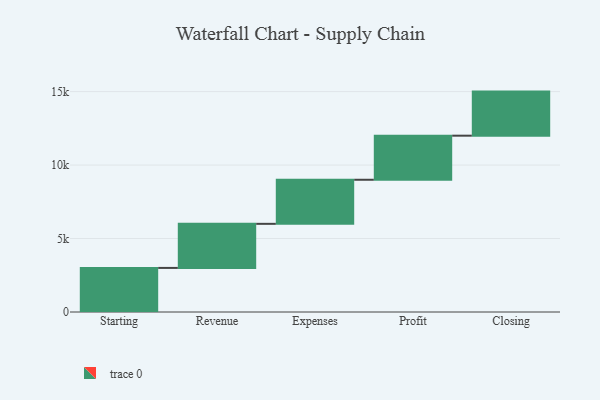
{"axis": {"x": "Step", "y": "Value"}, "legend": [""], "data": [{"x": "Starting", "y": 3000, "type": ""}, {"x": "Revenue", "y": 3000, "type": ""}, {"x": "Expenses", "y": 3000, "type": ""}, {"x": "Profit", "y": 3000, "type": ""}, {"x": "Closing", "y": 3000, "type": ""}]}